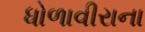
ધોળાવીરાના